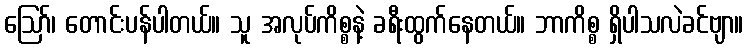
ဪ၊ တောင်းပန်ပါတယ်။ သူ အလုပ်ကိစ္စနဲ့ ခရီးထွက်နေတယ်။ ဘာကိစ္စ ရှိပါသလဲခင်ဗျာ။